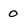
Character: 0